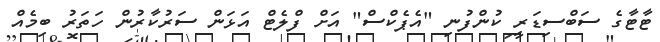
ޓާޓާގެ ސަބްސިޑަރީ ކުންފުނި "އެޕެކްސް" އަށް ފްލެޓް އަޅަން ސަރުކާރުން ހަތަރު ބިމެއް